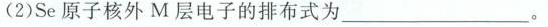
(2)Se原子核外M层电子的排布式为___。